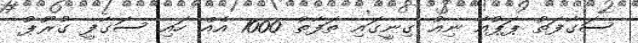
ސަގާފަތު ޕަޕުއާ ނިއު ގިނީގައި ތަފާތު 1000 އެއް ހައި ސަގާފީ ގުރޫޕު